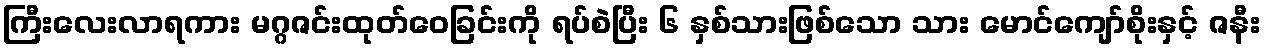
ကြီးလေးလာရကား မဂ္ဂဇင်းထုတ်ဝေခြင်းကို ရပ်စဲပြီး ၆ နှစ်သားဖြစ်သော သား မောင်ကျော်စိုးနှင့် ဇနီး